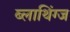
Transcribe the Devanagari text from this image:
ब्लाथिंग्ज